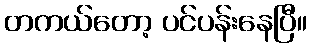
တကယ်တော့ ပင်ပန်းနေပြီ။